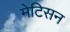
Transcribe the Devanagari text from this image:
मेटिसन